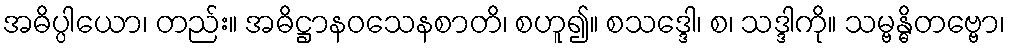
အဓိပ္ပါယော၊ တည်း။ အဓိဋ္ဌာနဝသေနစာတိ၊ စဟူ၍။ စသဒ္ဒေါ၊ စ၊ သဒ္ဒါကို။ သမ္ဗန္ဓိတဗ္ဗော၊